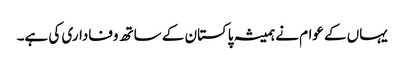
یہاں کے عوام نے ہمیشہ پاکستان کے ساتھ وفاداری کی ہے۔